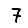
Digit: 7